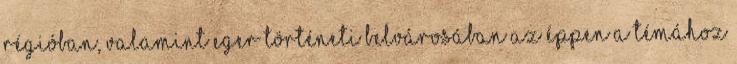
régióban, valamint Eger történeti belvárosában az éppen a témához